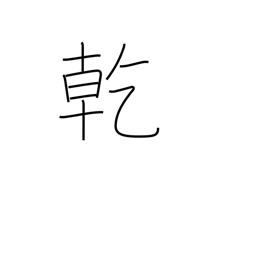
Meaning: drink up